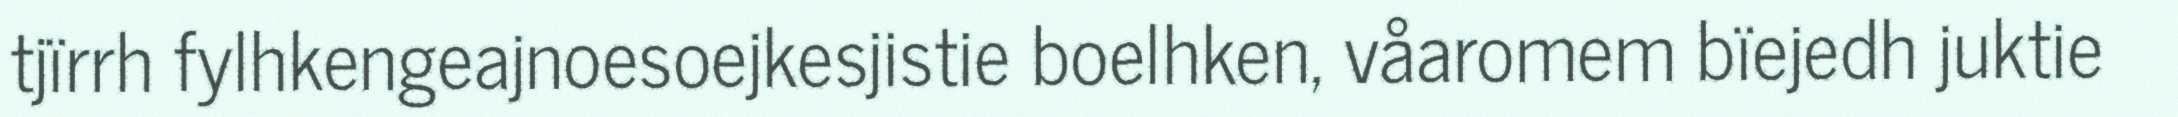
tjïrrh fylhkengeajnoesoejkesjistie boelhken, våaromem bïejedh juktie